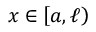
x \in \left[ a , \ell \right)